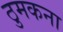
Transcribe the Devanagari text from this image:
ठुमकना